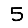
Digit: 5